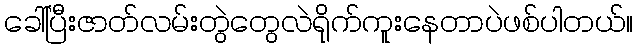
ခေါ်ပြီးဇာတ်လမ်းတွဲတွေလဲရိုက်ကူးနေတာပဲဖစ်ပါတယ်။